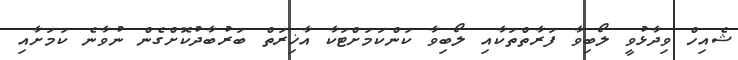
ޝެއިހް ވިދާޅުވީ ލޯބިވާ ފަރާތްތަކާއި ލޯބިވާ ކަންކަމަށްޓަކާ އާޚިރަތް ބަރުބާދުކޮށްގެން ނުވާނެ ކަމަށާއި